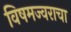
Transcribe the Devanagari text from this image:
विषमज्वराचा